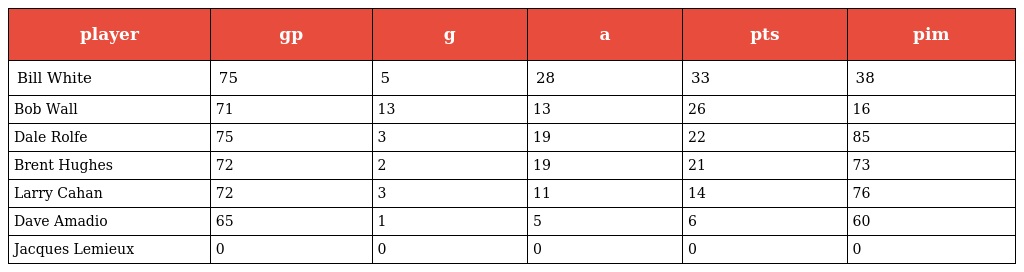
| player | gp | g | a | pts | pim |
 | --- | --- | --- | --- | --- | --- |
 | Bill White | 75 | 5 | 28 | 33 | 38 |
 | Bob Wall | 71 | 13 | 13 | 26 | 16 |
 | Dale Rolfe | 75 | 3 | 19 | 22 | 85 |
 | Brent Hughes | 72 | 2 | 19 | 21 | 73 |
 | Larry Cahan | 72 | 3 | 11 | 14 | 76 |
 | Dave Amadio | 65 | 1 | 5 | 6 | 60 |
 | Jacques Lemieux | 0 | 0 | 0 | 0 | 0 |